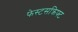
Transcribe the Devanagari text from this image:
फेस्टसक्रिफ्ट